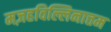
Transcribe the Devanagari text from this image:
मज़हविल्लिनात्तम